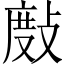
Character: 𢾖